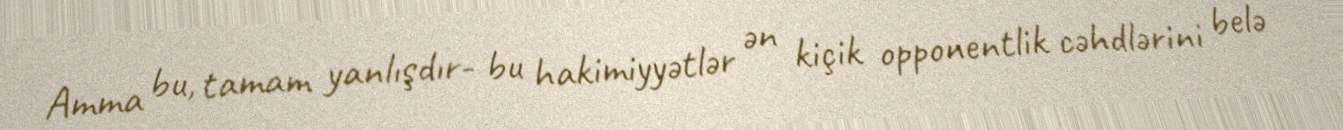
Amma bu, tamam yanlışdır- bu hakimiyyətlər ən kiçik opponentlik cəhdlərini belə